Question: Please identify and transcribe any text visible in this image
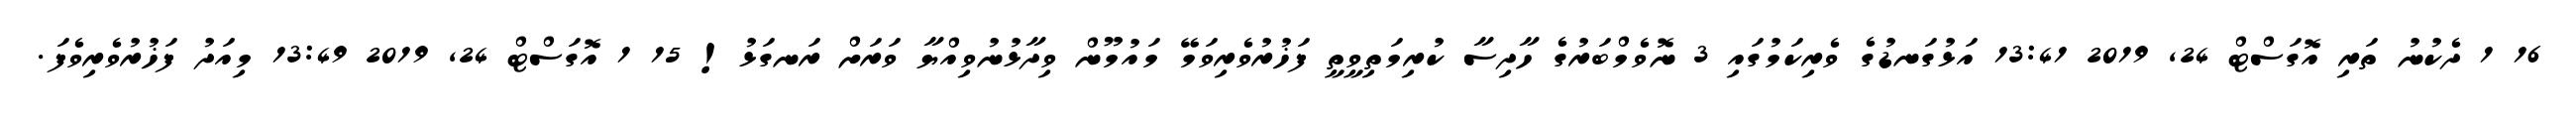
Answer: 16 1 ދެކުނު ތަރި އޮގަސްޓް 24, 2019 13:41 އަޅުގަނޑުގެ ވެރިކަމުގައި 3 ނޮވެމްބަރުގެ ހާދިސާ ކުރިމަތިވީތީ ފަޚުރުވެރިވަމޭ މައުމޫން ވިދާޅުނުވިއްޔާ ވަރަށް ރަނގަޅު! 15 1 އޮގަސްޓް 24, 2019 13:49 މިއަދު ފަޚުރުވެރިވެފަ.